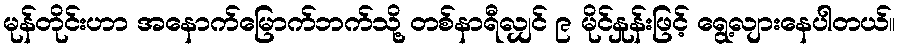
မုန်တိုင်းဟာ အနောက်မြောက်ဘက်သို့ တစ်နာရီလျှင် ၉ မိုင်နှုန်းဖြင့် ရွေ့လျားနေပါတယ်။